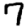
Digit: 7